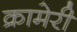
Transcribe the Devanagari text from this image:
क्रामेरी